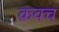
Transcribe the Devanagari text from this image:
क़वच